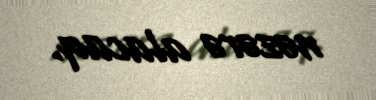
nəzərə alacaq.